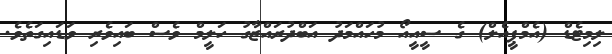
ލިމިޓެޑް (އެމްޕީއެލް) ގެ ސީއީއޯ މުހައްމަދު އަބްދުރައްޒާގު ހަލީމް ވެސް ބައިވެރި ވަޑައިގަތެވެ.